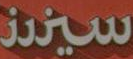
سيند